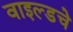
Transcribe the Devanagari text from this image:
वाइल्डचे